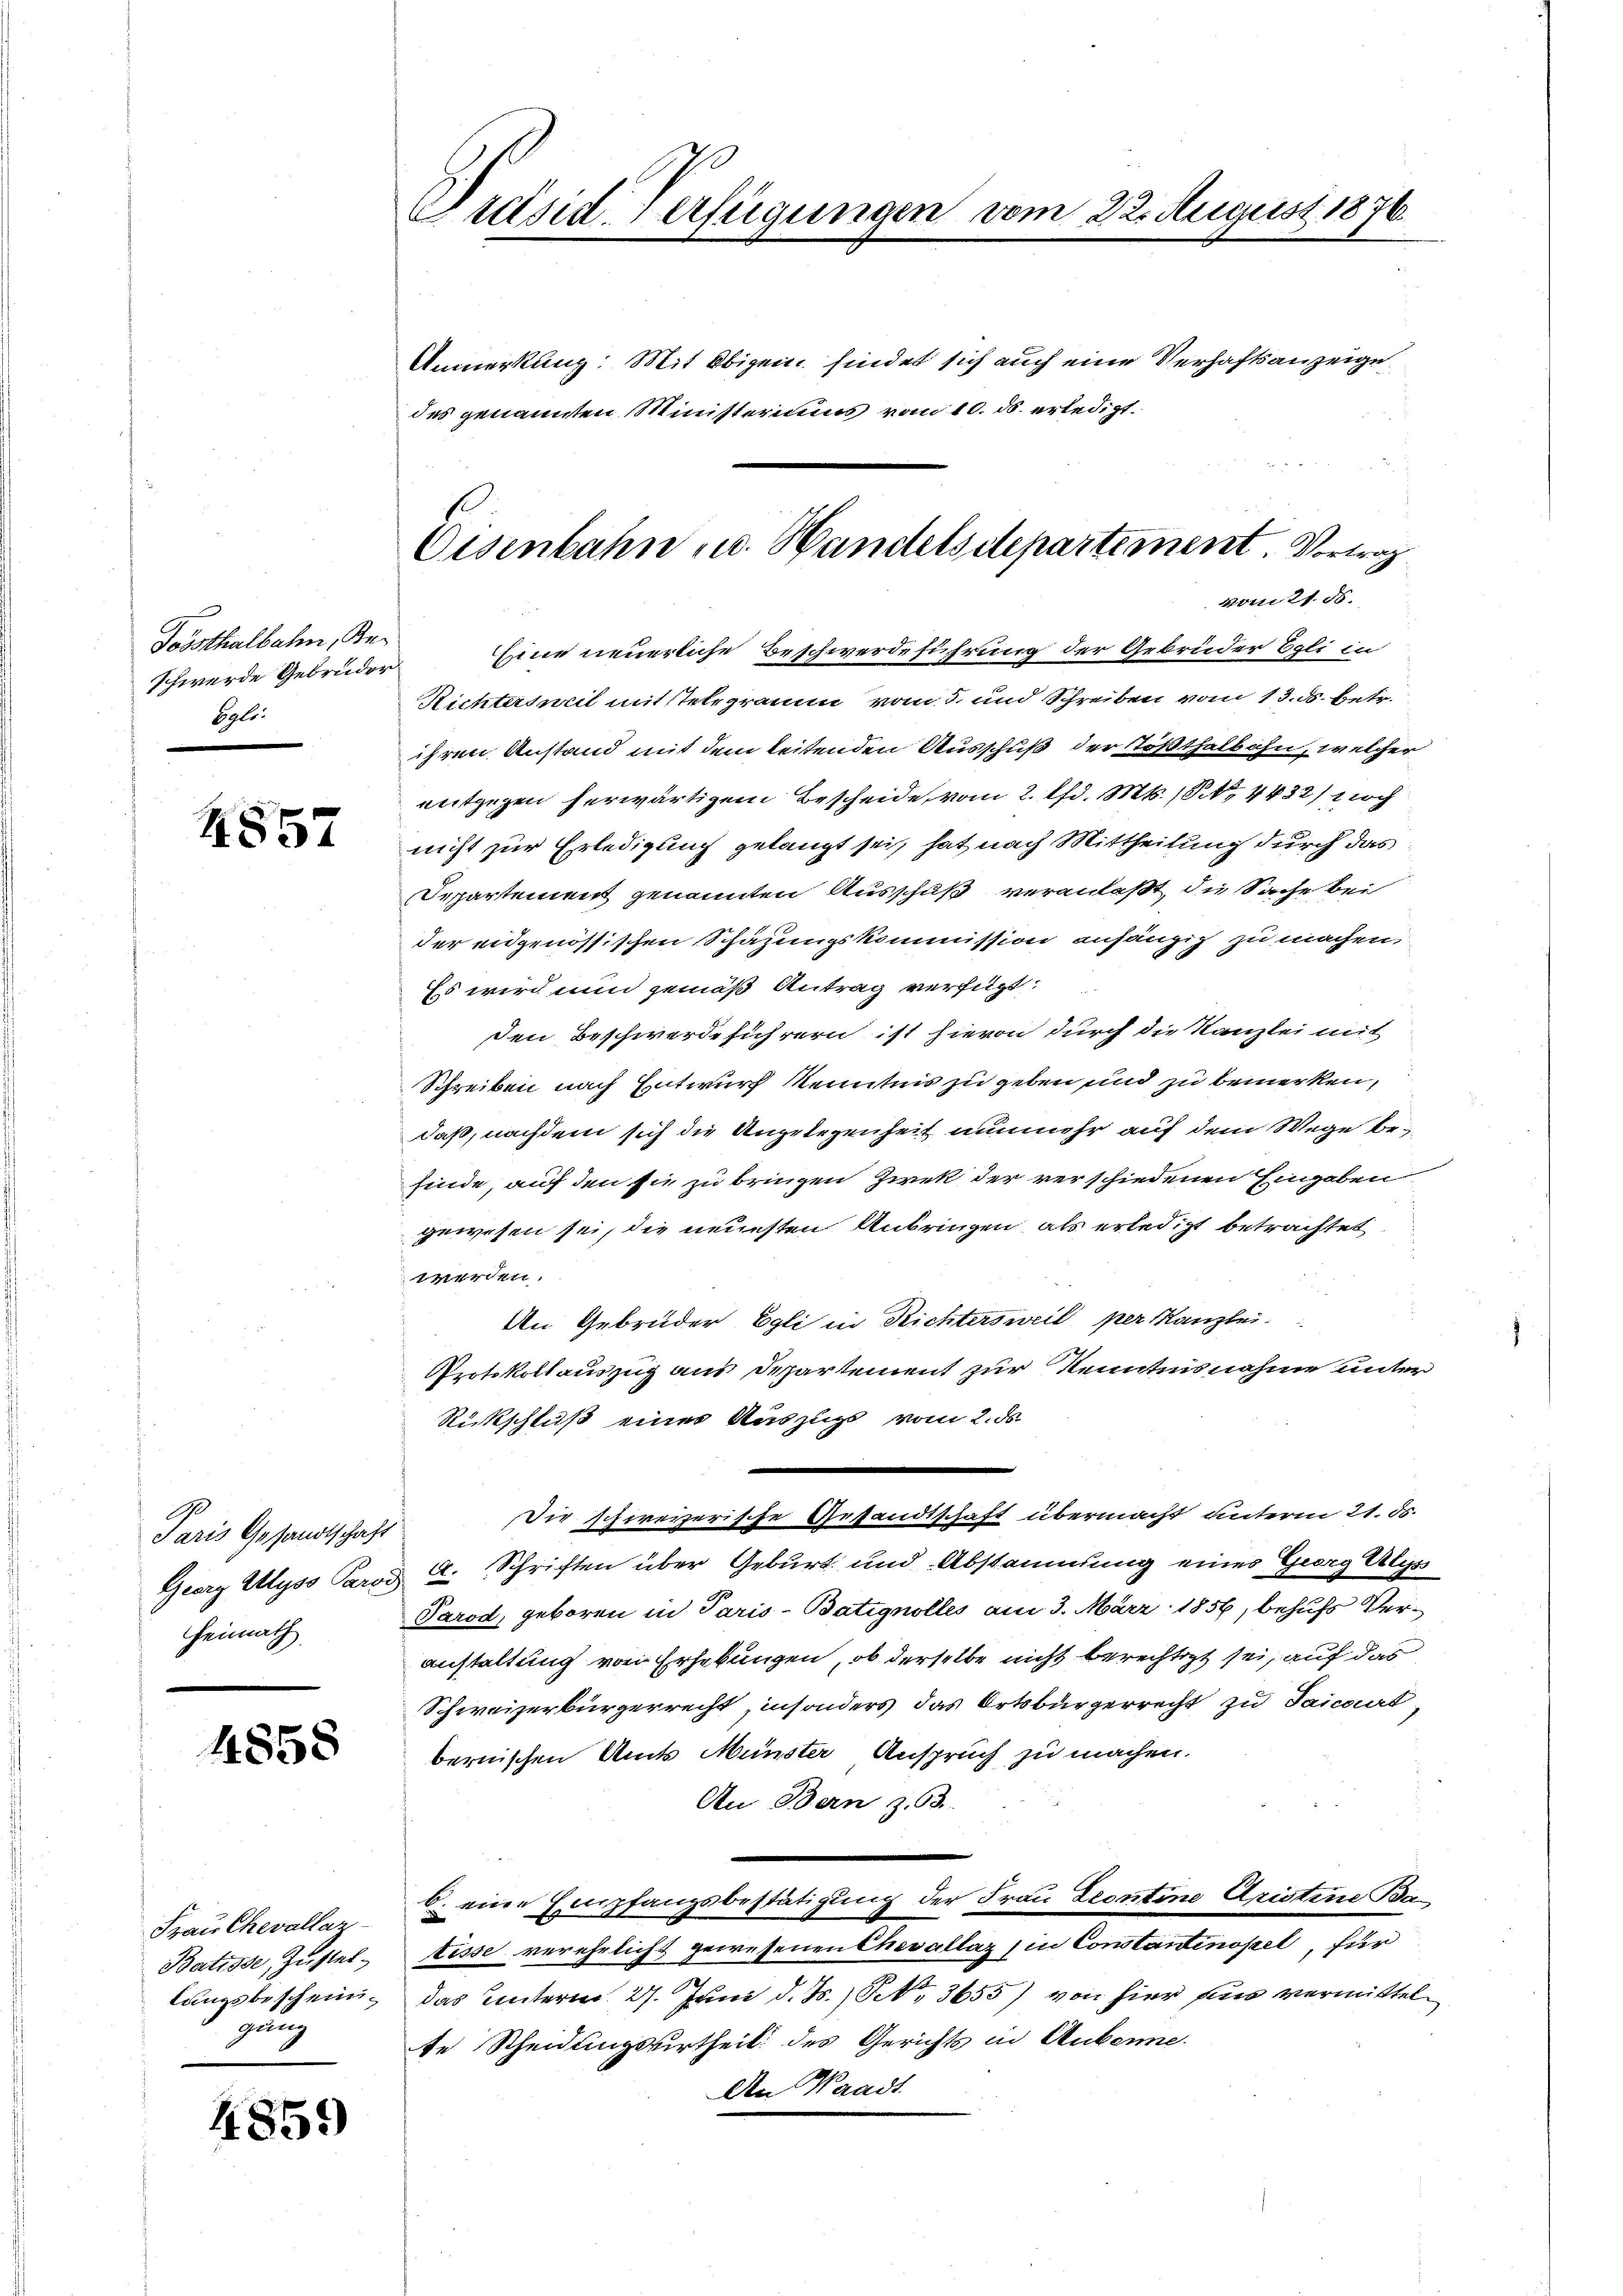
Tossthalbahn, Re¬
Schwerde Gebrüder
Egli.

4857

Paris Gesandtschaft
Heimath

4558

gäng

4859)

Präsid. Verfügungen vom 22. August 1876

Eine neuerliche Beschwerdeführung der Gebrüder Egli in
Richtersweil mit stelegramm vom 3. und Schreiben vom 13. ds. betr.
ihren Anstand mit dem leitenden Ausschuß der Tößthalb ihn, welcher
entgegen herwärtigem Bescheide vom 2. d. Mts. 14432/ 1 noc
nicht zur Erledigung gelangt sei, hat nach Mittheilung durch das
Departement genannten Ausschuß veranlaßt, die Sache bei
der eidgenössischen Schazungskommission anhängig zu machen
Es wird nun gemäß Antrag verfügt:
den Beschwerdeführern ist hievon durch die Kanzlei mit
Schreiben nach Entwurf Kenntnis zu geben und zu bemerken,
daß, nachdem sich die Angelegenheit nunmehr auf dem Wege besfinde, auf den sie zu bringen Zwek der verschiedenen Eingaben
gewesen sei, die neuesten Anbringen als erledigt betrachtet
werden.
An Gebrüder Egli in Richtersweil per Kanzlei.
Protokollauszug aus Departement zur Kenntnisnahme unter
Rückschluß einer Auszugs vom 2. ds.
Die schweizerische Gesandtschaft übermacht unterm 21. ds.
Georg Myss Paron E. Schriften über Geburt und Abstammung eines Georg Alps
Parod, geboren in Paris-Batignolles am 3. März 1856, behufs Veranstaltung von Erhebungen, ob derselbe nicht berechtigt sei, auf das
Schweizerbürgerrecht insonders das Ortsbürgerrecht zu Saicourt,
bernischen Amts Münster Anspruch zu machen.
An Bern z. 63.
Frau Chevallaz die Empfangsbestätigung der Frau Leontine Aristine Ba¬
Batisse, Zustel-Lisse verehelicht gewesenen Chevallaz (in Constantinopel, für
lungsbeschein, das Unterm 27. Juni d. Js.) S. 3655) von hier ein vermittelte Scheidungsurtheil des Gerichts in Anbenne.
An Waadt

Eisenbahn u. Handelsdepartement. Vortrag
vom 21. ds.

Anmerkung: Mit Obigen findet sich auch eine Verhaftsanzeige
des genannten Ministeriums vom 10. ds. erledigt.